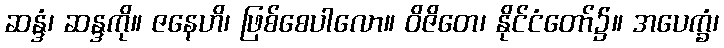
ဆန္ဒံ၊ ဆန္ဒကို။ ဇနေဟိ၊ ဖြစ်စေပါလော။ ဝိဇိတေ၊ နိုင်ငံတော်၌။ အပေက္ခံ၊